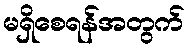
မရှိစေရန်အတွက်